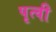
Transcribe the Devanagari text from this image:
पृत्वी